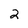
Character: 2